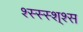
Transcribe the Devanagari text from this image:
श्स्स्स्श्श्स